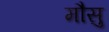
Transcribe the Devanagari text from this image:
मौसु